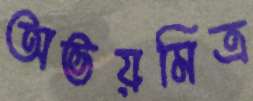
অভয়মিত্র